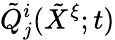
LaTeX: \tilde{Q}_{j}^{i}(\tilde{X}^{\xi};t)